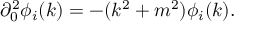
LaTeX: \partial _ { 0 } ^ { 2 } \phi _ { i } ( k ) = - ( k ^ { 2 } + m ^ { 2 } ) \phi _ { i } ( k ) .